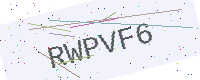
Text: RWPVF6